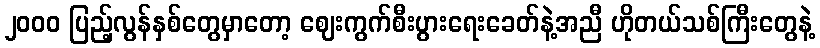
၂၀၀၀ ပြည့်လွန်နှစ်တွေမှာတော့ ဈေးကွက်စီးပွားရေးခေတ်နဲ့အညီ ဟိုတယ်သစ်ကြီးတွေနဲ့